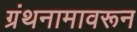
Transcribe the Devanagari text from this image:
ग्रंथनामावरून